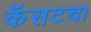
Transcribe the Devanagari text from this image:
कॅसटचा